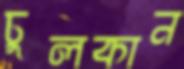
চুলকান